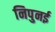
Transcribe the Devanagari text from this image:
निपुनई